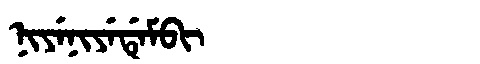
Manchu: ᠨᡳᠶᡝᠨᡳᠶᡝᡩᡝᠮᠪᡳ
Romanization: NIYENIYEDEMBI